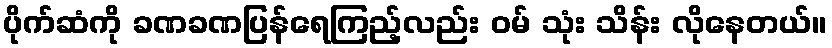
ပိုက်ဆံကို ခဏခဏပြန်ရေကြည့်လည်း ဝမ် သုံး သိန်း လိုနေတယ်။